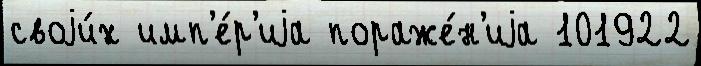
своjи́х имп'е́р'иjа пораже́н'иjа 101922